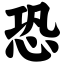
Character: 恐